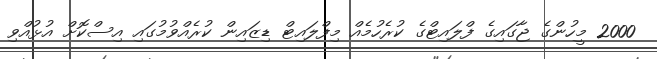
2000 މީހުންގެ ޖާގައިގެ ފްލައިޓްގެ ކުރެހުމެއް މިފްލައިޓް ޑިޒައިން ކުރެއްވުމުގައި އިސްކޮށް އުޅުއްވި